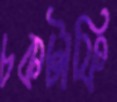
চকটাফি